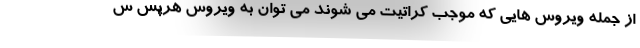
از جمله ویروس هایی که موجب کراتیت می شوند می توان به ویروس هرپس س